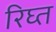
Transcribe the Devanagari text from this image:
रिघ्त